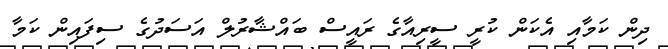
ދިން ކަމާއި އެކަން ކުރީ ސީރިއާގެ ރައީސް ބައްޝާރުލް އަސަދުގެ ސިފައިން ކަމާ